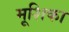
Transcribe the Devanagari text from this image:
मूशिका